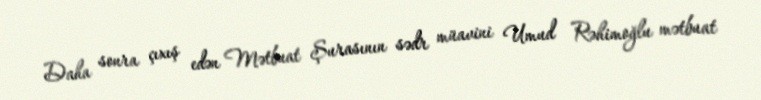
Daha sonra çıxış edən Mətbuat Şurasının sədr müavini Umud Rəhimoğlu mətbuat